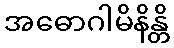
အဓောဂါမိနိန္တိ